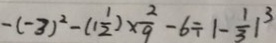
- ( - 3 ) ^ { 2 } - ( 1 \frac { 1 } { 2 } ) \times \frac { 2 } { 9 } - 6 \div \vert - \frac { 1 } { 3 } \vert ^ { 3 }